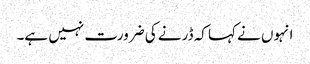
انہوں نے کہا کہ ڈرنے کی ضرورت نہیں ہے۔